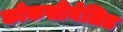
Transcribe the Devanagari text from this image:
कोकसीनेलिड